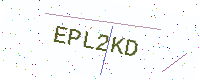
Text: EPL2KD